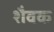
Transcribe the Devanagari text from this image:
शैवक